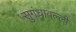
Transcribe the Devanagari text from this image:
सुगंधावल्ली